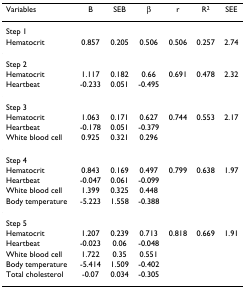
<table><thead><tr><td><b>Variables</b></td><td><b>B</b></td><td><b>SEB</b></td><td><b>β</b></td><td><b>r</b></td><td><b>R<sup>2</sup></b></td><td><b>SEE</b></td></tr></thead><tbody><tr><td>Step 1</td><td></td><td></td><td></td><td></td><td></td><td></td></tr><tr><td>Hematocrit</td><td>0.857</td><td>0.205</td><td>0.506</td><td>0.506</td><td>0.257</td><td>2.74</td></tr><tr><td>Step 2</td><td></td><td></td><td></td><td></td><td></td><td></td></tr><tr><td>Hematocrit</td><td>1.117</td><td>0.182</td><td>0.66</td><td>0.691</td><td>0.478</td><td>2.32</td></tr><tr><td>Heartbeat</td><td>-0.233</td><td>0.051</td><td>-0.495</td><td></td><td></td><td></td></tr><tr><td>Step 3</td><td></td><td></td><td></td><td></td><td></td><td></td></tr><tr><td>Hematocrit</td><td>1.063</td><td>0.171</td><td>0.627</td><td>0.744</td><td>0.553</td><td>2.17</td></tr><tr><td>Heartbeat</td><td>-0.178</td><td>0.051</td><td>-0.379</td><td></td><td></td><td></td></tr><tr><td>White blood cell</td><td>0.925</td><td>0.321</td><td>0.296</td><td></td><td></td><td></td></tr><tr><td>Step 4</td><td></td><td></td><td></td><td></td><td></td><td></td></tr><tr><td>Hematocrit</td><td>0.843</td><td>0.169</td><td>0.497</td><td>0.799</td><td>0.638</td><td>1.97</td></tr><tr><td>Heartbeat</td><td>-0.047</td><td>0.061</td><td>-0.099</td><td></td><td></td><td></td></tr><tr><td>White blood cell</td><td>1.399</td><td>0.325</td><td>0.448</td><td></td><td></td><td></td></tr><tr><td>Body temperature</td><td>-5.223</td><td>1.558</td><td>-0.388</td><td></td><td></td><td></td></tr><tr><td>Step 5</td><td></td><td></td><td></td><td></td><td></td><td></td></tr><tr><td>Hematocrit</td><td>1.207</td><td>0.239</td><td>0.713</td><td>0.818</td><td>0.669</td><td>1.91</td></tr><tr><td>Heartbeat</td><td>-0.023</td><td>0.06</td><td>-0.048</td><td></td><td></td><td></td></tr><tr><td>White blood cell</td><td>1.722</td><td>0.35</td><td>0.551</td><td></td><td></td><td></td></tr><tr><td>Body temperature</td><td>-5.414</td><td>1.509</td><td>-0.402</td><td></td><td></td><td></td></tr><tr><td>Total cholesterol</td><td>-0.07</td><td>0.034</td><td>-0.305</td><td></td><td></td><td></td></tr></tbody></table>